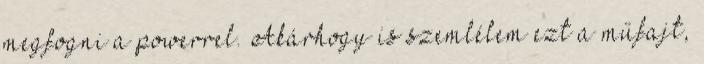
megfogni a powerrel. Akárhogy is szemlélem ezt a műfajt,